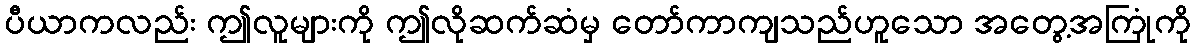
ပီယာကလည်း ဤလူများကို ဤလိုဆက်ဆံမှ တော်ကာကျသည်ဟူသော အတွေ့အကြုံကို